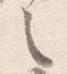
之